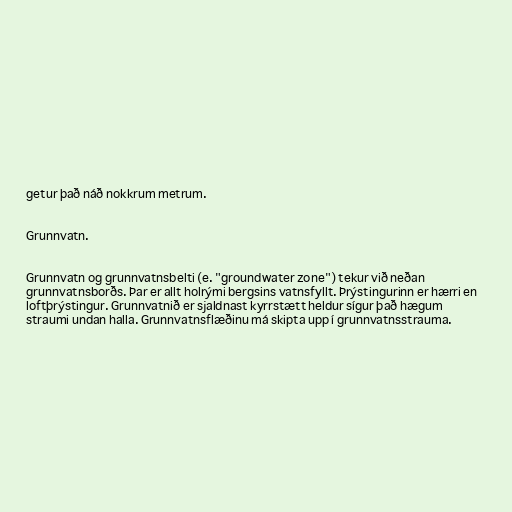
getur það náð nokkrum metrum.

Grunnvatn.

Grunnvatn og grunnvatnsbelti (e. "groundwater zone") tekur við neðan
grunnvatnsborðs. Þar er allt holrými bergsins vatnsfyllt. Þrýstingurinn er hærri en
loftþrýstingur. Grunnvatnið er sjaldnast kyrrstætt heldur sígur það hægum
straumi undan halla. Grunnvatnsflæðinu má skipta upp í grunnvatnsstrauma.